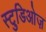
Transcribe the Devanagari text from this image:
स्टुडिओज़